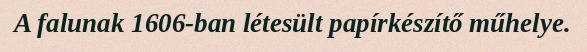
A falunak 1606-ban létesült papírkészítő műhelye.